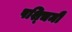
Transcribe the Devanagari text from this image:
पश्‍चिमी